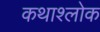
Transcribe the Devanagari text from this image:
कथाश्लोक